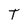
Character: T